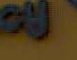
.